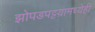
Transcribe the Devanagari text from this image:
झोपडपट्टय़ामध्येही